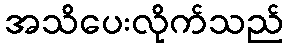
အသိပေးလိုက်သည်